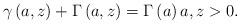
LaTeX: \begin{align*}\gamma\left( a,z\right) +\Gamma\left( a,z\right) =\Gamma\left( a\right)a,z>0.\end{align*}